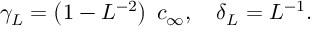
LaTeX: \gamma _ { L } = \left( 1 - L ^ { - 2 } \right) \; c _ { \infty } , \quad \delta _ { L } = L ^ { - 1 } .